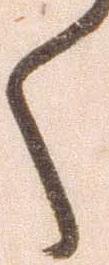
く